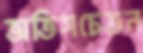
অতিসচেতন